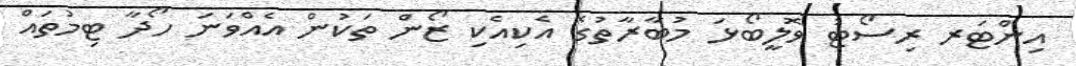
އިންޓަރ ރިސޯޓު ވޮލީބޯޅަ މުބާރާތުގެ އެކިއެކި ޒޯން ތަކުން އެއްވަނަ ހޯދާ ޓިމުތައް